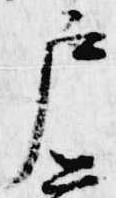
戸